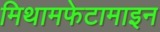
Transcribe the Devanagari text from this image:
मिथामफेटामाइन